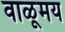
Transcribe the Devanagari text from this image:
वाळूमय